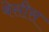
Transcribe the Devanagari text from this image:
बेसीस